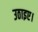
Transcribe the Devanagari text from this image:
उठाइए।